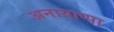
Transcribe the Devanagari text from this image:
अनायाप्पा